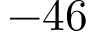
- 4 6